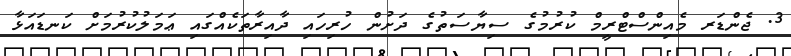
3. ޖެންޑަރ މެއިންސްޓްރީމް ކުރުމުގެ ސިޔާސަތުގެ ދަށުން ހުރިހައި ދާއިރާތަކެއްގައި ޢަމަލުކުރުމަށް ކަނޑައަޅާ